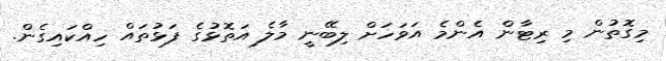
މިގޮތުން މި ރިޓާން އެންމެ އަވަހަށް ލިބޭނީ މާލެ އަތޮޅުގެ ފަޅުތައް ހިއްކައިގެން.